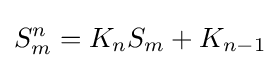
S_{m}^{n}=K_{n}S_{m}+K_{n-1}